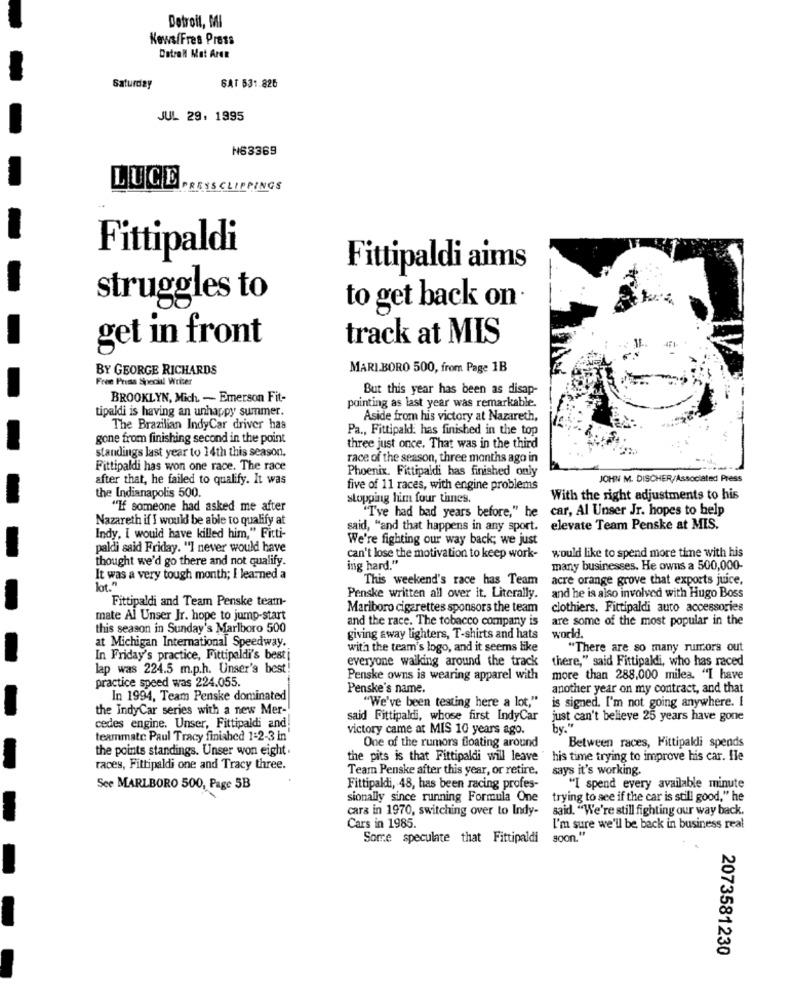
Detroit, MI
News/Fres Press
Dotroll Mat Aren
Saturday
SAT 531.826
JUL 29, 1995
N63369
LUCE
PRESSCLIPPINGS
Fittipaldi
Fittipaldi aims
struggles to
to get back on
track at MIS
get in front
BY GEORGE RICHARDS
MARI.BORO 500, from Page 1B
Free Press Special Writer
But this year has been as disap-
BROOKLYN, Mich. - Emerson Fit-
painting as last year was remarkable.
tipaldi is having an unhappy summer.
Aside from his victory at Nazareth,
The Brazilian IndyCar driver has
Pa ., Fittipaldi has finished in the top
gone from finishing second in the point
standings last year to 14th this season.
three just once. That was in the third
race of the season, three months ago in
Fittipaldi has won one race. The race
Phoenix. Fittipaldi has finished only
after that, he failed to qualify. It was
JOHN M. DISCHER/Associated Press
the Indianapolis 500.
five of 11 races, with engine problems
stopping him four thnes.
With the right adjustments to his
"If someone had asked me after
"I've had bad years before," he car, Al Unser Jr. hopes to help
Nazareth if I would be able to qualify at
said, "and that happens in any sport.
elevate Team Penske at MIS.
Indy, I would have killed him," Fitti-
We're fighting our way back; we just
paldi said Friday. "I never would have
thought we'd go there and not qualify.
can't lose the motivation to keep work-
would like to spend more time with his
ing hard."
many businesses. He owns a 500,000-
It was a very tough month; I learned a
This weekend's race has Team
acre orange grove that exports juice,
Fittipaldi and Team Penske team-
Penske written all over it, Literally.
and he is also involved with Hugo Boss
Mariboro cigarettes sponsors the team
clothiers, Fittipaldi auto accessories
mate Al Unser Jr. hope to jump-start
and the race. The tobacco company is
are some of the most popular in the
this season in Sunday's Marlboro 500
at Michigan International Speedway.
giving away lighters, T-shirts and hats
world.
with the team's logo, and it seems like
"There are so many rumors out
In Friday's practice, Fittipaldi's best
everyone walking around the track
there," said Fittipaldi, who has raced
lap was 224.5 m.p.h. Unser's best
practice speed was 224.055.
Penske owns is wearing apparel with
more than 288,000 miles. "I have
Penske's name.
another year on my contract, and that
In 1994, Team Penske dominated
"We've been testing here a lot,"
is signed. I'm not going anywhere. I
the IndyCar series with a new Mer-
cedes engine. Unser, Fittipaldi and.
said Fittipaldi, whose first IndyCar
just can't believe 25 years have gone
victory came at MIS 10 years ago.
by."
teammate Paul Tracy finished 1:2-3 in
Between races, Fittipaldi spends
the points standings. Unser won eight.
One of the rumors floating around
the pits is that Fittipaldi will leave
his time trying to improve his car. Ile
races, Fittipaldi one and Tracy three.
Team Penske after this year, or retire.
says it's working.
See MARLBORO 500, Page 5B
Fittipaldi, 48, has been racing profes-
"I spend every available minute
sionally since running Formula One
trying to see if the car is still good," he
cara in 1970, switching over to Indy-
said. "We're still fighting our way back.
Cars in 1985.
I'm sure we'll be back in business real
Some speculate that Fittipaldi
soon."
2073581230